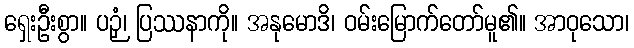
ရှေးဦးစွာ။ ပဉှံ၊ ပြဿနာကို။ အနုမောဒိ၊ ဝမ်းမြောက်တော်မူ၏။ အာဝုသော၊